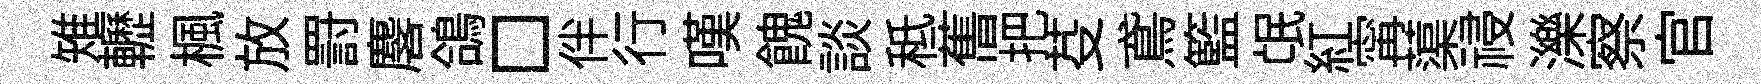
雉轣楓放罸麐鴿□伴行嘆餽談秪𦾔把芟鳶籃氓紅𡩋蕖祲濼察官